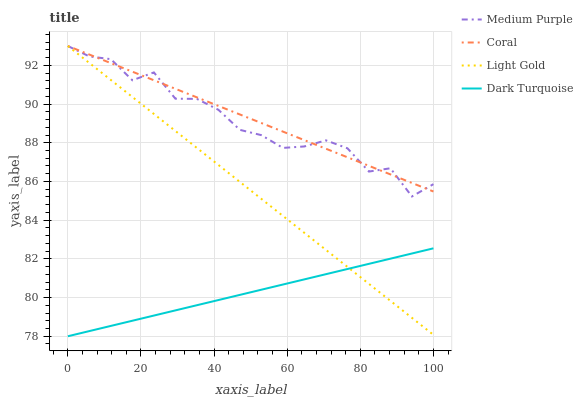
| xaxis_label | Medium Purple | Coral | Light Gold | Dark Turquoise |
 | --- | --- | --- | --- | --- |
 | 0 | 93 | 93 | 93 | 78 |
 | 5.88 | 92.5 | 92.6 | 92.1 | 78.3 |
 | 11.8 | 92.3 | 92.1 | 91.2 | 78.5 |
 | 17.6 | 91.2 | 91.7 | 90.4 | 78.8 |
 | 23.5 | 91.6 | 91.2 | 89.5 | 79.1 |
 | 29.4 | 90.3 | 90.8 | 88.6 | 79.3 |
 | 35.3 | 90.3 | 90.3 | 87.7 | 79.6 |
 | 41.2 | 89.7 | 89.9 | 86.9 | 79.9 |
 | 47.1 | 88.7 | 89.5 | 86 | 80.1 |
 | 52.9 | 88.4 | 89 | 85.1 | 80.4 |
 | 58.8 | 87.7 | 88.6 | 84.2 | 80.7 |
 | 64.7 | 87.8 | 88.1 | 83.3 | 80.9 |
 | 70.6 | 88.1 | 87.7 | 82.5 | 81.2 |
 | 76.5 | 87.7 | 87.2 | 81.6 | 81.5 |
 | 82.4 | 86.5 | 86.8 | 80.7 | 81.7 |
 | 88.2 | 86.7 | 86.4 | 79.8 | 82 |
 | 94.1 | 85.2 | 85.9 | 79 | 82.3 |
 | 100 | 85.9 | 85.5 | 78.1 | 82.5 |